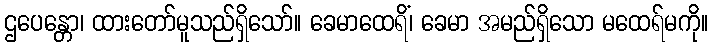
ဌပေန္တော၊ ထားတော်မူသည်ရှိသော်။ ခေမာထေရိံ၊ ခေမာ အမည်ရှိသော မထေရ်မကို။